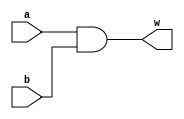
module BITAND(input [15:0] a,b, output [15:0] w);
	assign w = a & b;
endmodule

module BITOR(input [15:0] a,b, output [15:0] w);
	assign w = a | b;
endmodule 

module BITNOT(input [15:0] a, output [15:0] w);
	assign w = ~a;
endmodule

module OTRSHIFTER(input signed [15:0] a, output [15:0] w);
	assign w = a >>> 1;
endmodule

module MUX4_1(input a,b,c,d, input [1:0] s, output w);
	assign w =	(s == 2'b00) ? a:
			(s == 2'b01) ? b:
			(s == 2'b10) ? c:
			(s == 2'b11) ? d:
			1'bx;
endmodule

module MUX4_16(input [15:0] a,b,c,d, input [1:0] s, output [15:0] w);
	assign w =	(s == 2'b00) ? a:
			(s == 2'b01) ? b:
			(s == 2'b10) ? c:
			(s == 2'b11) ? d:
			16'bxxxxxxxxxxxxxxxx;
endmodule

module ADDER(input [15:0] a, b, input c, output [15:0] w);
	assign w = a + b + c;
endmodule

module ALU(input signed [15:0] inN, input signed [15:0] inM, input inC, input [2:0] opc,
		output [15:0] outF, output zer, output neg);
	wire [15:0] shM,shN,Fmux,ADDres,invM,orMN,andMN;
	wire Smux,S0,S1;
	reg [15:0] Szero = 16'b0000000000000000;
	reg Ozero = 1'b0;
	reg Oone = 1'b1;
	
	OTRSHIFTER SHIFTER1(inM,shM);
	OTRSHIFTER SHIFTER2(inN,shN);
	MUX4_16 MUX1(inN,shN,Szero,shM, {opc[1],opc[0]}, Fmux);
	MUX4_1 MUX2(inC,Ozero,Oone,Ozero, {opc[1],opc[0]}, Smux);
	ADDER ADD1(inM,Fmux,Smux,ADDres);
	BITNOT NOT1(inM,invM);
	BITOR OR1(inM,inN, orMN);
	BITAND AND1(inM,inN, andMN);
	nand Nand1(S0, opc[2], ~opc[0]);
	nand Nand2(S1, opc[2], ~opc[1]);
	MUX4_16 MUX3(andMN,orMN,invM,ADDres, {S1,S0}, outF);
	assign neg = outF[15];
	assign zer = ~(|(outF));

endmodule